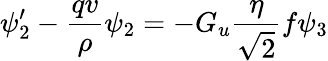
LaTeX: \psi_{2}^{\prime}-{\frac{qv}{\rho}}\psi_{2}=-G_{u}{\frac{\eta}{\sqrt{2}}}f\psi_{3}